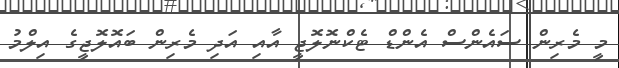
މީ މެރިން ސައެންސް އެންޑް ޓެކްނޮލޮޖީ އާއި އަދި މެރިން ބައޮލޮޖީގެ އިލްމު